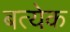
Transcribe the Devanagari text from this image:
बत्येक